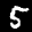
Label: 5